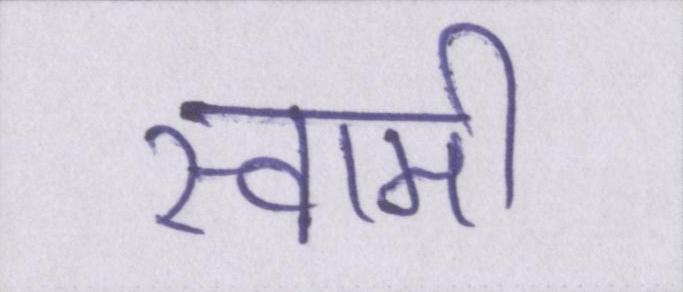
स्वामी